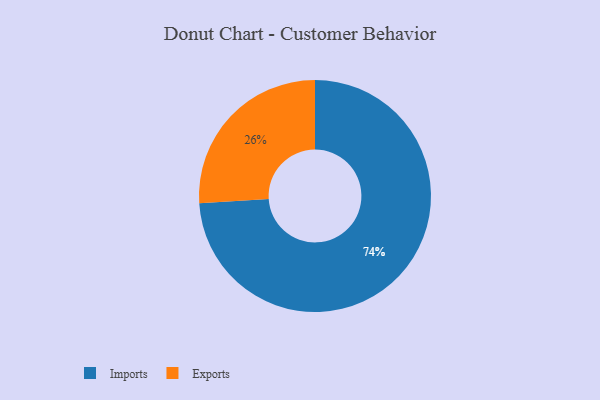
{"axis": {"x": "Category", "y": "Percentage"}, "legend": ["Exports", "Imports"], "data": [{"x": "Exports", "y": 26, "type": "Exports"}, {"x": "Imports", "y": 74, "type": "Imports"}]}